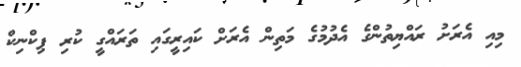
މިއި އެރަށު ރައްޔިތުންގެ އެދުމުގެ މަތިން އެރަށް ކައިރީގައި ތަރައްގީ ކުރި ޕިކްނިކް